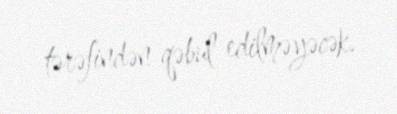
tərəfindən qəbul edilməyəcək.